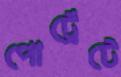
পোর্ট্রেটে